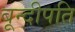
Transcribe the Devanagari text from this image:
बून्दीपति